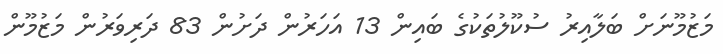
މަޒުމޫނަށް ބަލާއިރު ސުކޫލުތަކުގެ ބައިން 13 އަހަރުން ދަށުން 83 ދަރިވަރުން މަޒުމޫން